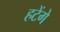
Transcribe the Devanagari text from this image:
हटेंगे